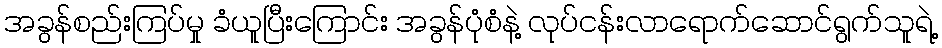
အခွန်စည်းကြပ်မှု ခံယူပြီးကြောင်း အခွန်ပုံစံနဲ့ လုပ်ငန်းလာရောက်ဆောင်ရွက်သူရဲ့